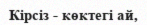
Кірсіз - көктегі ай,